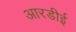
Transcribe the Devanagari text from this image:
आरडीई